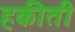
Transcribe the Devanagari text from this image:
हकीती